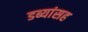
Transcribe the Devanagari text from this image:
डब्यांसह